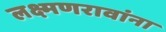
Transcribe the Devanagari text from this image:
लक्ष्मणरावांना